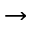
\rightarrow